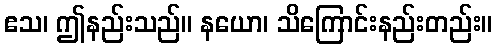
ဧသ၊ ဤနည်းသည်။ နယော၊ သိကြောင်းနည်းတည်း။